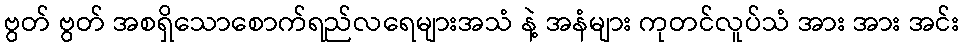
ဗွတ် ဗွတ် အစရှိသောစောက်ရည်လရေများအသံ နဲ့ အနံများ ကုတင်လူပ်သံ အား အား အင်း